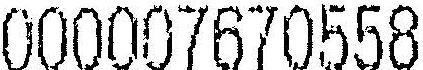
000007670558